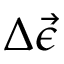
\Delta \vec { \epsilon }